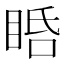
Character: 𥆠